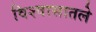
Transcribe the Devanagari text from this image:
विश्वासातले